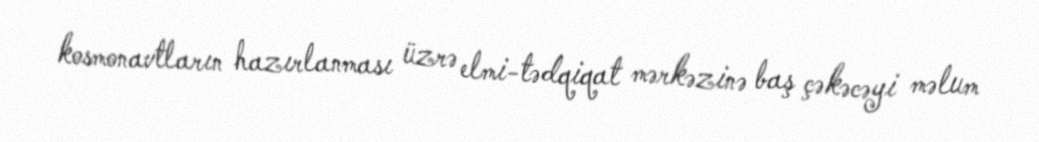
kosmonavtların hazırlanması üzrə elmi-tədqiqat mərkəzinə baş çəkəcəyi məlum